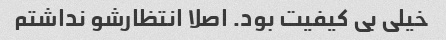
خیلی بی کیفیت بود. اصلا انتظارشو نداشتم